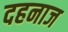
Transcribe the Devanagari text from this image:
दहनाज